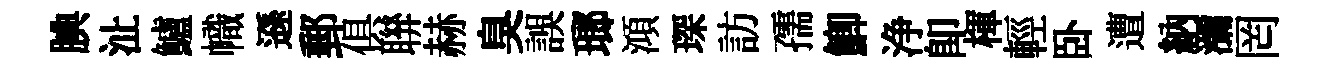
腆沚鱸幟遜郵俱聨赫臭誤瑯澒琛訪孺鯽浄卽楎輕卧遭納瀰罔